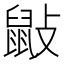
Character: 𪔿